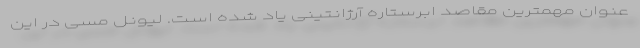
عنوان مهمترین مقاصد ابرستاره آرژانتینی یاد شده است. لیونل مسی در این